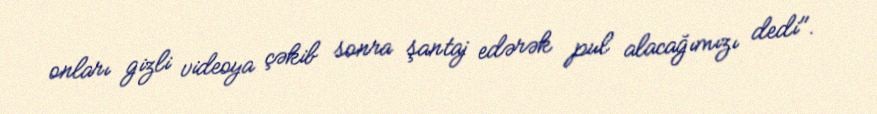
onları gizli videoya çəkib sonra şantaj edərək pul alacağımızı dedi".